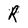
Character: R